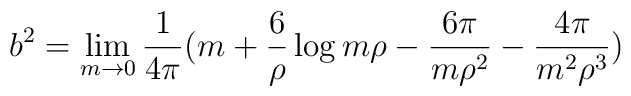
b^{2}=\lim_{m \rightarrow 0}{1 \over 4\pi}(m+{6 \over \rho}\log m\rho-{6\pi \over m\rho^{2}}-{4\pi \over m^{2}\rho^{3}})